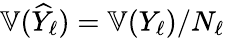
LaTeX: \mathbb{V}(\widehat{Y}_{\ell})=\mathbb{V}(Y_{\ell})/N_{\ell}